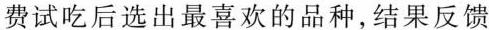
费试吃后选出最喜欢的品种，结果反馈